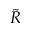
\tilde { R }